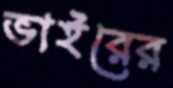
ভাইরের